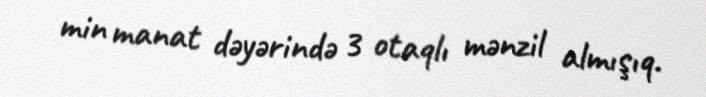
min manat dəyərində 3 otaqlı mənzil almışıq.